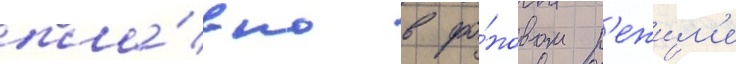
пла́вно в фо́новом р'ежи́м'е